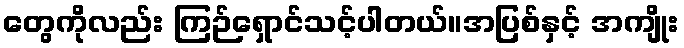
တွေကိုလည်း ကြဉ်ရှောင်သင့်ပါတယ်။အပြစ်နှင့် အကျိုး